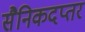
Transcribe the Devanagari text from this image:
सैनिकदप्तर